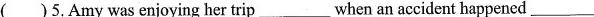
( )5,Amy was enjoying her trip___ when an accident happened___